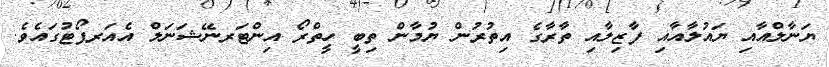
ޔަނާލްއާއި ޔައުލާއާއި ފާޒިލާއި ތާރާގެ އިތުރުން ޔުމާން ތިބީ ހީތްރޯ އިންޓަރނޭޝަނަލް އެއަރޕޯޓުގައެވެ.